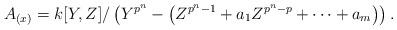
LaTeX: \begin{align*}A_{(x)}=k[Y,Z]/\left(Y^{p^n}-\left(Z^{p^n-1}+a_1Z^{p^n-p}+\dots+a_m\right)\right).\end{align*}